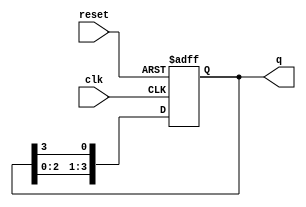
module ring_counter (
    input wire clk,        // Clock input
    input wire reset,      // Reset input
    output reg [N-1:0] q   // Output state of the counter
);
    parameter N = 4; // Number of flip-flops (states)

    // Initial state
    initial begin
        q = 1'b1; // Start with the first flip-flop set to '1'
    end

    always @(posedge clk or posedge reset) begin
        if (reset) begin
            q <= 1'b1; // Reset to initial state
        end else begin
            // Shift the '1' to the next flip-flop
            q <= {q[N-2:0], q[N-1]}; // Rotate left
        end
    end
endmodule